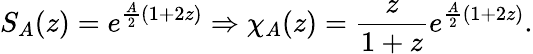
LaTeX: S_{A}(z)=e^{\frac{A}{2}(1+2z)}\Rightarrow\chi_{A}(z)=\frac{z}{1+z}e^{\frac{A}{2}(1+2z)}.